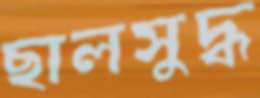
ছালসুদ্ধ